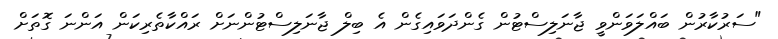
"ސަރުކާރުން ބައްލަވަންވީ ޖާނަލިސްޓުން ގެންދަވައިގެން އެ ބިލް ޖާނަލިސްޓުންނަށް ރައްކާތެރިކަން އަންނަ ގޮތަށް